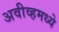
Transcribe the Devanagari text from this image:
अवीव्हमध्ये